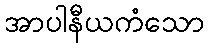
အာပါနီယကံသော